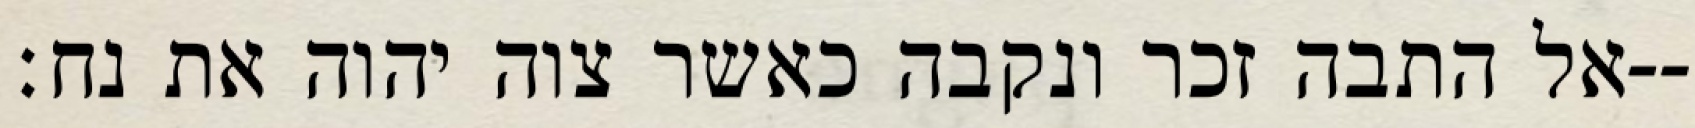
אל התבה זכר ונקבה כאשר צוה יהוה את נח׃--